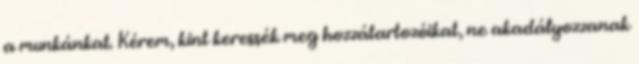
a munkánkat. Kérem, kint keressék meg hozzátartozóikat, ne akadályozzanak